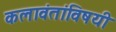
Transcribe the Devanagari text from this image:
कलावंतांविषयी